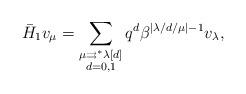
LaTeX: \begin{align*}\bar{H}_{1}v_{\mu }=\sum_{\substack{ \mu \rightrightarrows ^{\ast }\lambda\lbrack d] \\ d=0,1}}q^{d}\beta ^{|\lambda /d/\mu |-1}v_{\lambda },\end{align*}